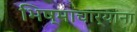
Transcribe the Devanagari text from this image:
भिष्माचार्यांना